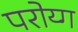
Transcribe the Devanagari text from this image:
परोय्ग